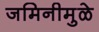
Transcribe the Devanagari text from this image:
जमिनीमुळे